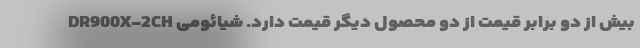
DR900X-2CH بیش از دو برابر قیمت از دو محصول دیگر قیمت دارد. شیائومی